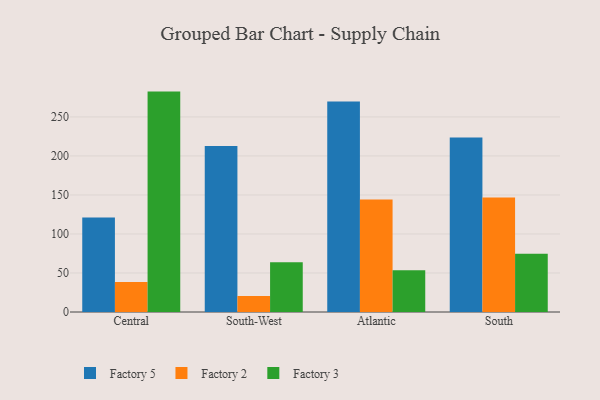
{"axis": {"x": "Region", "y": "Backlog"}, "legend": ["Factory 2", "Factory 3", "Factory 5"], "data": [{"x": "Central", "y": 121.0, "type": "Factory 5"}, {"x": "Central", "y": 38.5, "type": "Factory 2"}, {"x": "Central", "y": 282.5, "type": "Factory 3"}, {"x": "South-West", "y": 212.8, "type": "Factory 5"}, {"x": "South-West", "y": 20.6, "type": "Factory 2"}, {"x": "South-West", "y": 63.9, "type": "Factory 3"}, {"x": "Atlantic", "y": 269.7, "type": "Factory 5"}, {"x": "Atlantic", "y": 144.1, "type": "Factory 2"}, {"x": "Atlantic", "y": 53.4, "type": "Factory 3"}, {"x": "South", "y": 223.8, "type": "Factory 5"}, {"x": "South", "y": 146.9, "type": "Factory 2"}, {"x": "South", "y": 74.7, "type": "Factory 3"}]}